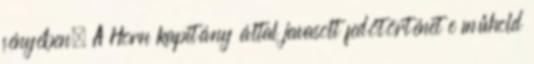
fényében. A Horn kapitány által javasolt fedőtörténet e műhold